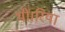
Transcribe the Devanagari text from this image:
थीं।रिया